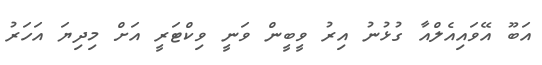
އަބޫ އޭވައިއެލްއާ ގުޅުނު އިރު ވީބީން ވަނީ ވިކްޓަރީ އަށް މިދިޔަ އަހަރު